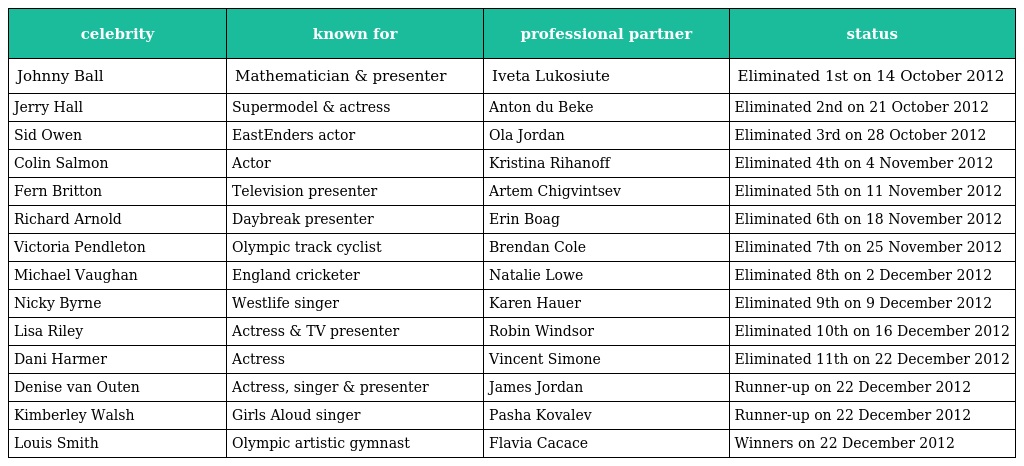
| celebrity | known for | professional partner | status |
 | --- | --- | --- | --- |
 | Johnny Ball | Mathematician & presenter | Iveta Lukosiute | Eliminated 1st on 14 October 2012 |
 | Jerry Hall | Supermodel & actress | Anton du Beke | Eliminated 2nd on 21 October 2012 |
 | Sid Owen | EastEnders actor | Ola Jordan | Eliminated 3rd on 28 October 2012 |
 | Colin Salmon | Actor | Kristina Rihanoff | Eliminated 4th on 4 November 2012 |
 | Fern Britton | Television presenter | Artem Chigvintsev | Eliminated 5th on 11 November 2012 |
 | Richard Arnold | Daybreak presenter | Erin Boag | Eliminated 6th on 18 November 2012 |
 | Victoria Pendleton | Olympic track cyclist | Brendan Cole | Eliminated 7th on 25 November 2012 |
 | Michael Vaughan | England cricketer | Natalie Lowe | Eliminated 8th on 2 December 2012 |
 | Nicky Byrne | Westlife singer | Karen Hauer | Eliminated 9th on 9 December 2012 |
 | Lisa Riley | Actress & TV presenter | Robin Windsor | Eliminated 10th on 16 December 2012 |
 | Dani Harmer | Actress | Vincent Simone | Eliminated 11th on 22 December 2012 |
 | Denise van Outen | Actress, singer & presenter | James Jordan | Runner-up on 22 December 2012 |
 | Kimberley Walsh | Girls Aloud singer | Pasha Kovalev | Runner-up on 22 December 2012 |
 | Louis Smith | Olympic artistic gymnast | Flavia Cacace | Winners on 22 December 2012 |